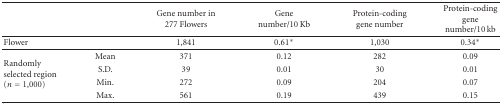
<table><thead><tr><td></td><td></td><td><b>Gene number in 277 Flowers</b></td><td><b>Gene number/10 Kb</b></td><td><b>Protein-coding gene number</b></td><td><b>Protein-coding gene number/10 kb</b></td></tr></thead><tbody><tr><td>Flower</td><td></td><td>1,841</td><td>0.61*</td><td>1,030</td><td>0.34*</td></tr><tr><td rowspan="4">Randomly selected region (<i>n</i> = 1,000)</td><td>Mean</td><td>371</td><td>0.12</td><td>282</td><td>0.09</td></tr><tr><td>S.D.</td><td>39</td><td>0.01</td><td>30</td><td>0.01</td></tr><tr><td>Min.</td><td>272</td><td>0.09</td><td>204</td><td>0.07</td></tr><tr><td>Max.</td><td>561</td><td>0.19</td><td>439</td><td>0.15</td></tr></tbody></table>